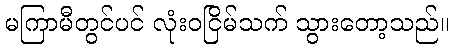
မကြာမီတွင်ပင် လုံးဝငြိမ်သက် သွားတော့သည်။